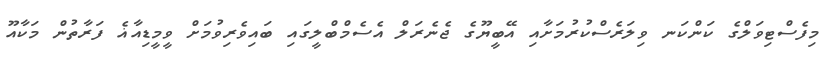
މިފެސްޓިވަލްގެ ކަންކަނ ވިލަރެސްކުރުމަށާއި އޭބީޔޫގެ ޖެނެރަލް އެސެމްބްލީގައި ބައިވެރިވުމަށް ވީމީޑިއާޣެ ފަރާތުން މަކާއޫ